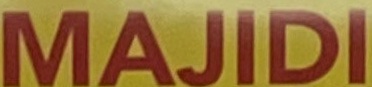
MAJIDI